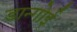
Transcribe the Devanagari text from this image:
डान्गोई